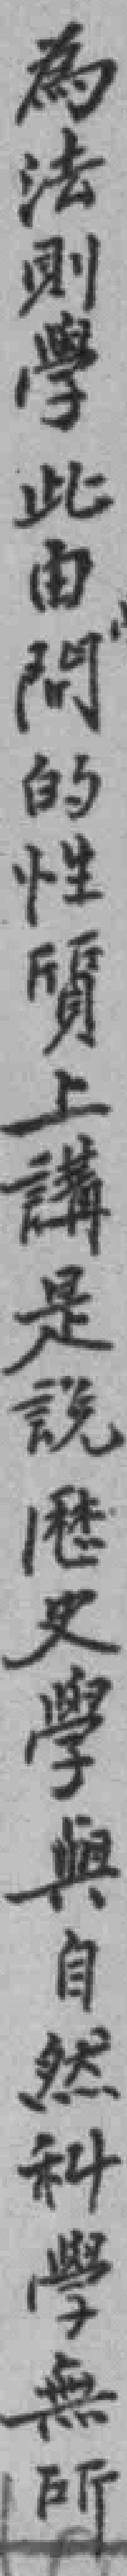
為法則學此由問的性質上講是說歴史學與自然科學無所